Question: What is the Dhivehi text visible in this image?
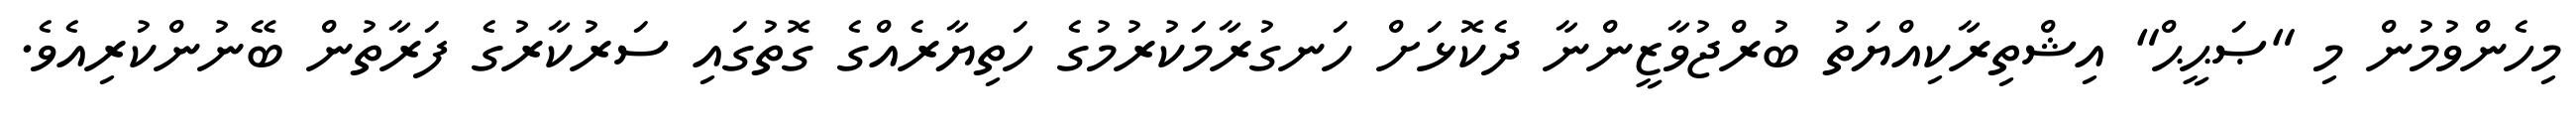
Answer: މިހެންވުމުން މި "ޞަޙީޙް" އިޝްތިރާކިއްޔަތު ބުރްޖުވާޒީންނާ ދެކޮޅަށް ހަނގުރާމަކުރުމުގެ ހަތިޔާރެއްގެ ގޮތުގައި ސަރުކާރުގެ ފަރާތުން ބޭނުންކުރިއެވެ.